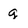
Character: g